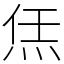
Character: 㶵